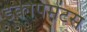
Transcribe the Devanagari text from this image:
इक्वीपमेंटस